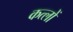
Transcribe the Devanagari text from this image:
कत्लों